Kuressaare_kinnistusamet, lk 8
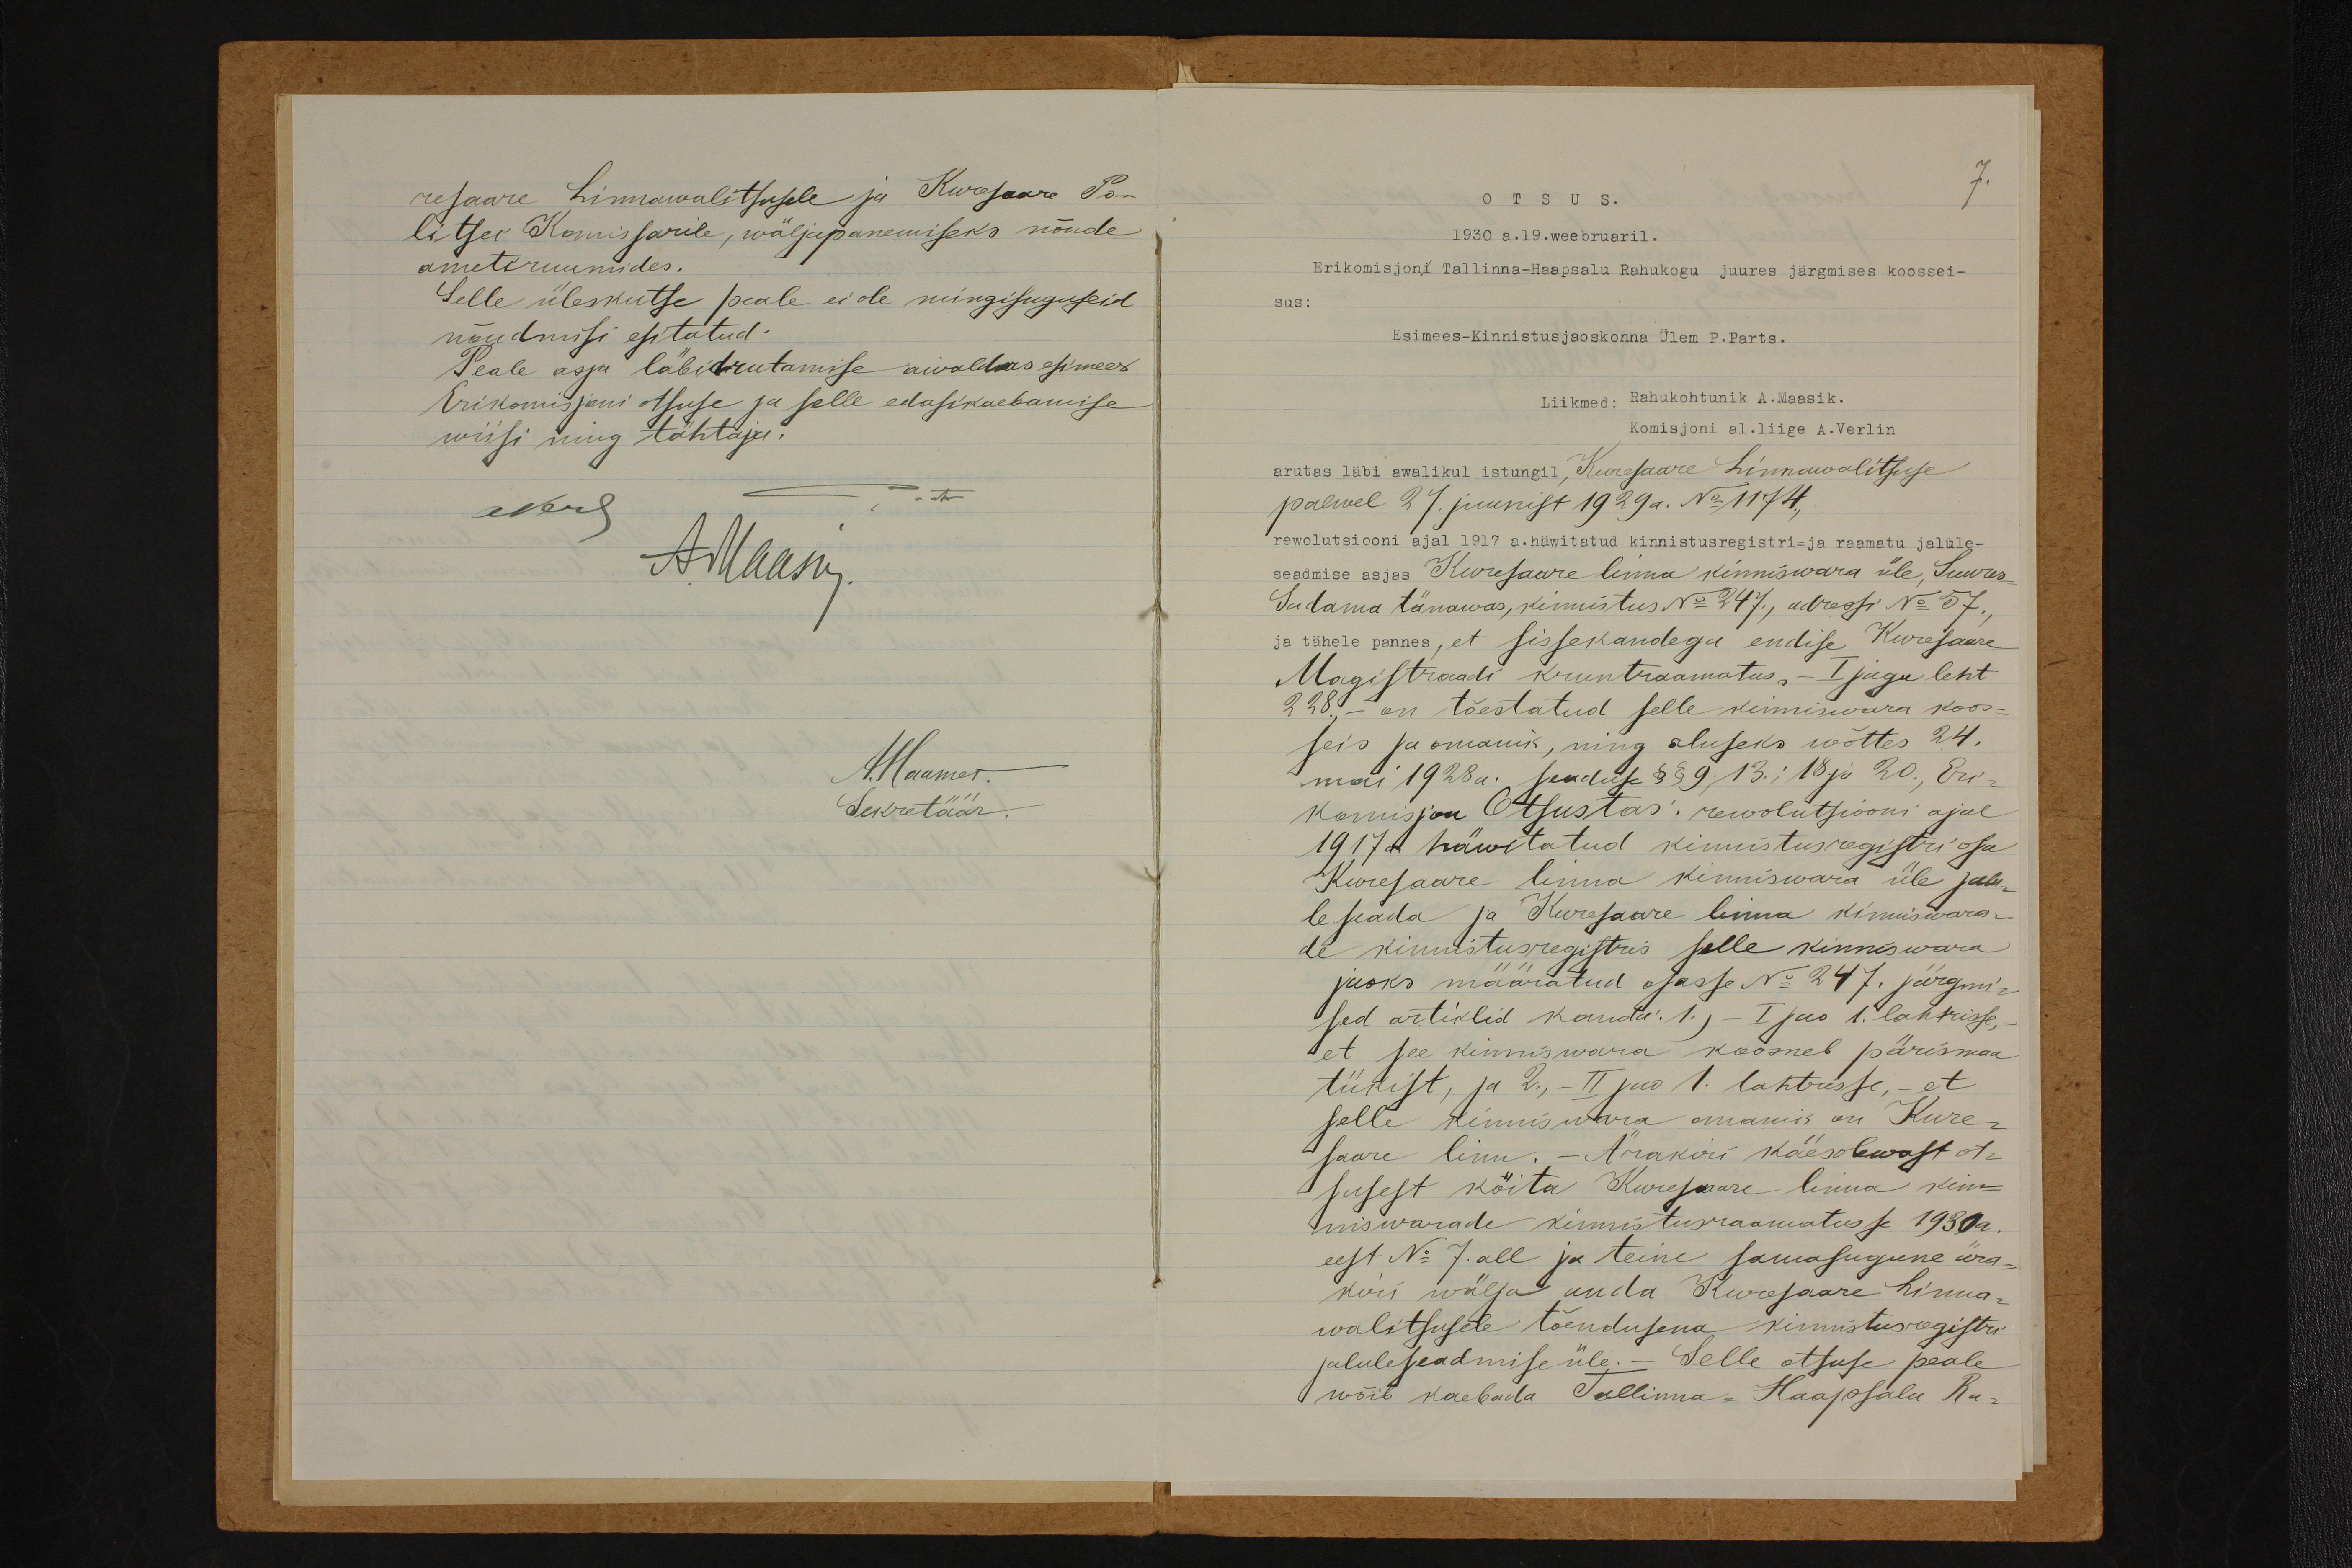
resaare Linnawalitsusele ja Kuresaare Po-
litsei Komissarile, wäljapanemiseks nõude
ametiruumides.
Selle üleskutse peale ei ole mingisuguseid
nõudmisi esitatud.
Peale asja läbiarutamise awaldas esimees
Erikomisjoni otsuse ja selle edasikaebamise
wiisi ning tähtaja.
- Ar
Mets
A. Maasik
A.Haamer
Sekretäär

7.
OTSUS.
1930 a. 19. weebruaril.
Erikomisjoni Tallinna-Haapsalu Rahukogu juures järgmises koossei-
sus:
Esimees-Kinnistusjaoskonna ülem P. Parts.
Liikmed: Rahukohtunik A. Maasik.
Komisjoni al. liige A. Verlin
arutas läbi awalikul istungil, Kuresaare Linnawalitsuse
palwel 27. juunist 1929 a. No 1174,
rewolutsiooni ajal 1917 a. häwitatud kinnistusregistri- ja raamatu jalule-
seadmise asjas Kuresaare linna kinniswara üle, Suures
Sadama tänawas, kinnistus No 247, adressi No 57,
ja tähele pannes, et sissekandega endise Kuresaare
Magistraadi kruntraamatus, - I jagu leht
228 - on tõestatud selle kinniswara koos-
seis ja omanik, ning aluseks wõttes 24.
mai 1928a. seaduse §§ 9; 13; 18 ja 20, Eri-
komisjon Otsustas: rewolutsiooni ajal
1917 a häwitatud kinnistusregistri osa
Kuresaare linna kinniswara üle jalu-
le seada ja Kuresaare linna kinniswara-
de kinnistusregistris selle kinniswara
jaoks määratud osasse No 247, järgmi-
sed artiklid kanda: 1.) - I jas 1. lahtrisse,
et see kinniswara koosneb pärismaa
tükist, ja 2.) - II jas 1. lahtrisse, - et
selle kinnisuwara omanik on Kure-
saare linn. - Ärakiri käesolewast ot-
susest kõita Kureasaare linna kinn-
niswarade kinnistusraamatusse 1930 a.
eest No 7. all ja teine samasugune ära-
kiri wälja anda Kuresaare Linna-
walitsusele tõendusena kinnistusregistri
jalule seadmise üle. Selle otsuse peale
wõib kaebada Tallinna-Haapsalu Ka-